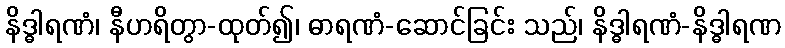
နိဒ္ဓါရဏံ၊ နီဟရိတွာ-ထုတ်၍၊ ဓာရဏံ-ဆောင်ခြင်း သည်၊ နိဒ္ဓါရဏံ-နိဒ္ဓါရဏ